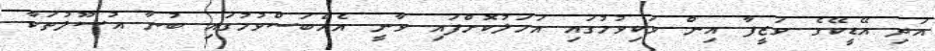
އަދި އޭޑީކޭގެ ވަޒީފާ އިން ވަކިވުމުގައި އަމަލުކޮށްފައި ވާނީ އެއްބަސްވުމުގައި ބުނާ އުސޫލުތަކާ